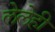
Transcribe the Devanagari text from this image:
लेलेही